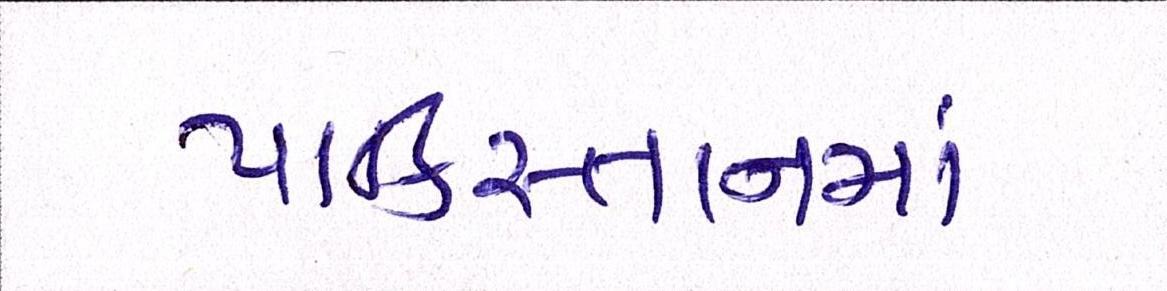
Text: પાકિસ્તાનમાં